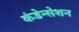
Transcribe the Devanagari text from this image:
कंडेन्सेशन